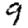
Digit: 9